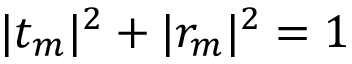
| t _ { m } | ^ { 2 } + | r _ { m } | ^ { 2 } = 1